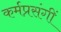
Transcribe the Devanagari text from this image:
कर्मप्रसंगीं